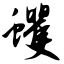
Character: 蠼